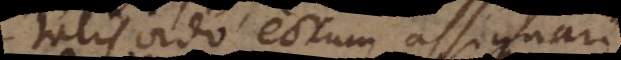
talis ordo eorum assignari